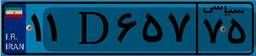
۱۱D۶۵۷۷۵